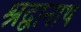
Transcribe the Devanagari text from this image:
श्रद्वानाथ